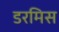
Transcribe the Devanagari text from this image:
डरमिस